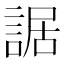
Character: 䛯